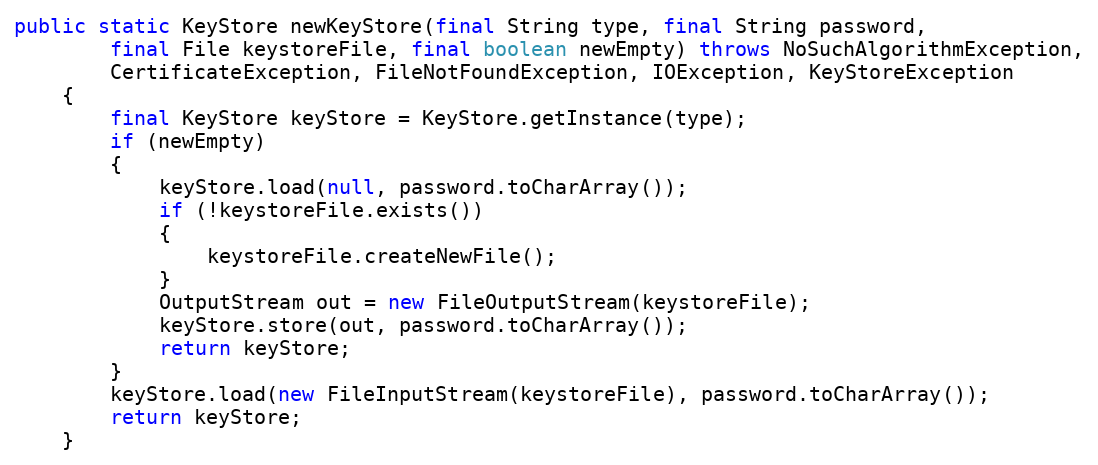
Language: Java
public static KeyStore newKeyStore(final String type, final String password,
		final File keystoreFile, final boolean newEmpty) throws NoSuchAlgorithmException,
		CertificateException, FileNotFoundException, IOException, KeyStoreException
	{
		final KeyStore keyStore = KeyStore.getInstance(type);
		if (newEmpty)
		{
			keyStore.load(null, password.toCharArray());
			if (!keystoreFile.exists())
			{
				keystoreFile.createNewFile();
			}
			OutputStream out = new FileOutputStream(keystoreFile);
			keyStore.store(out, password.toCharArray());
			return keyStore;
		}
		keyStore.load(new FileInputStream(keystoreFile), password.toCharArray());
		return keyStore;
	}